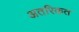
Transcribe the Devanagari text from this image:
अतरिकत